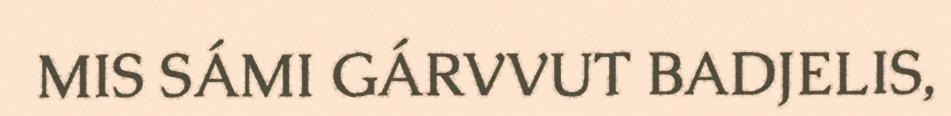
MIS SÁMI GÁRVVUT BADJELIS,